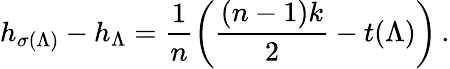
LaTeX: h_{\sigma(\Lambda)}-h_{\Lambda}=\frac 1n\left(\frac{(n-1)k}2-t(\Lambda)\right)\, .